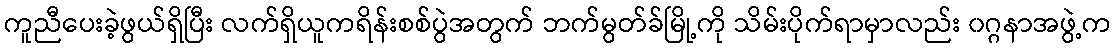
ကူညီပေးခဲ့ဖွယ်ရှိပြီး လက်ရှိယူကရိန်းစစ်ပွဲအတွက် ဘက်မွတ်ခ်မြို့ကို သိမ်းပိုက်ရာမှာလည်း ၀ဂ္ဂနာအဖွဲ့က